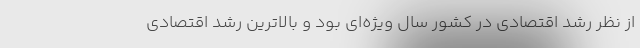
از نظر رشد اقتصادی در کشور سال ویژه‌ای بود و بالاترین رشد اقتصادی